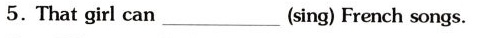
5. That girl can_(sing) French songs.